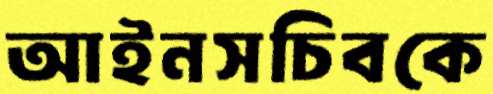
আইনসচিবকে